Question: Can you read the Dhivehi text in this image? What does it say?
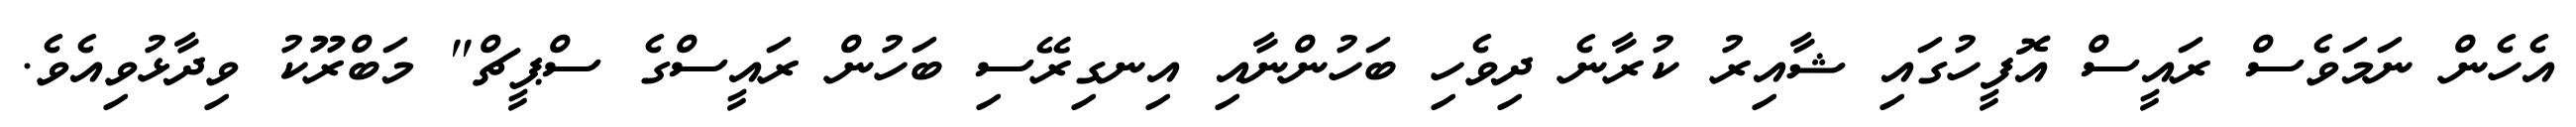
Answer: އެހެން ނަމަވެސް ރައީސް އޮފީހުގައި ޝާއިރު ކުރާނެ ދިވެހި ބަހުންނާއި އިނގިރޭސި ބަހުން ރައީސްގެ ސްޕީޗް" މަބްރޫކު ވިދާޅުވިއެވެ.